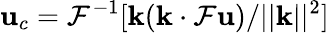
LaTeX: \mathbf{u}_{c}=\mathcal{F}^{-1}[\mathbf{k}(\mathbf{k}\cdot\mathcal{F}\mathbf{u})/||\mathbf{k}||^{2}]